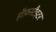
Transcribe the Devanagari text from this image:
हॉफ़स्टैड्टर